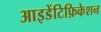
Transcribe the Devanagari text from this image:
आइडेंटिफ़िकेशन